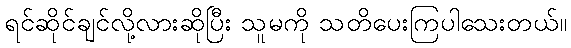
ရင်ဆိုင်ချင်လို့လားဆိုပြီး သူမကို သတိပေးကြပါသေးတယ်။